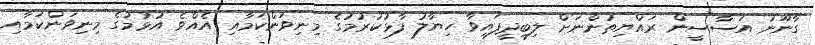
ގާނޫނު އަސާސީން ރައްޔިތުންނަށް ލިބިދީފައިވާ ހިޔާލު ފާޅުކުރުމުގެ މިނިވަންކަމާއި އެއްވެ އުޅުމުގެ މިނިވަންކަމާއި